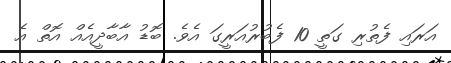
އަރައި ފެތުރި ގަތީ 10 ފެބުރުއަރީގަ އެވެ. ބޮޑު އާބާދީއެއް އޮތް އެ